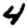
Digit: 4